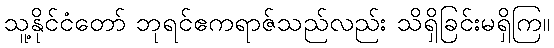
သူ့နိုင်ငံတော် ဘုရင်ဧကရာဇ်သည်လည်း သိရှိခြင်းမရှိကြ။